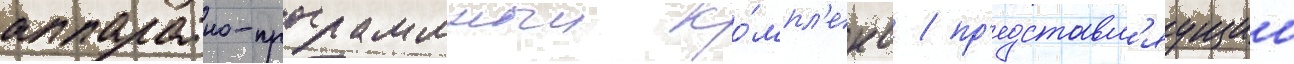
аппаратно-программныи ко́мпл'екс / пр'едставл'яущии